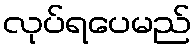
လုပ်ရပေမည်